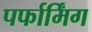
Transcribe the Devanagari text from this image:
पर्फार्मिंग